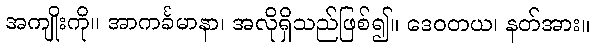
အကျိုးကို။ အာကင်္ခမာနာ၊ အလိုရှိသည်ဖြစ်၍။ ဒေဝတယ၊ နတ်အား။